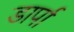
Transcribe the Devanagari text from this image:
डार्पा